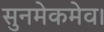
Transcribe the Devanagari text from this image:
सुनमेकमेव।